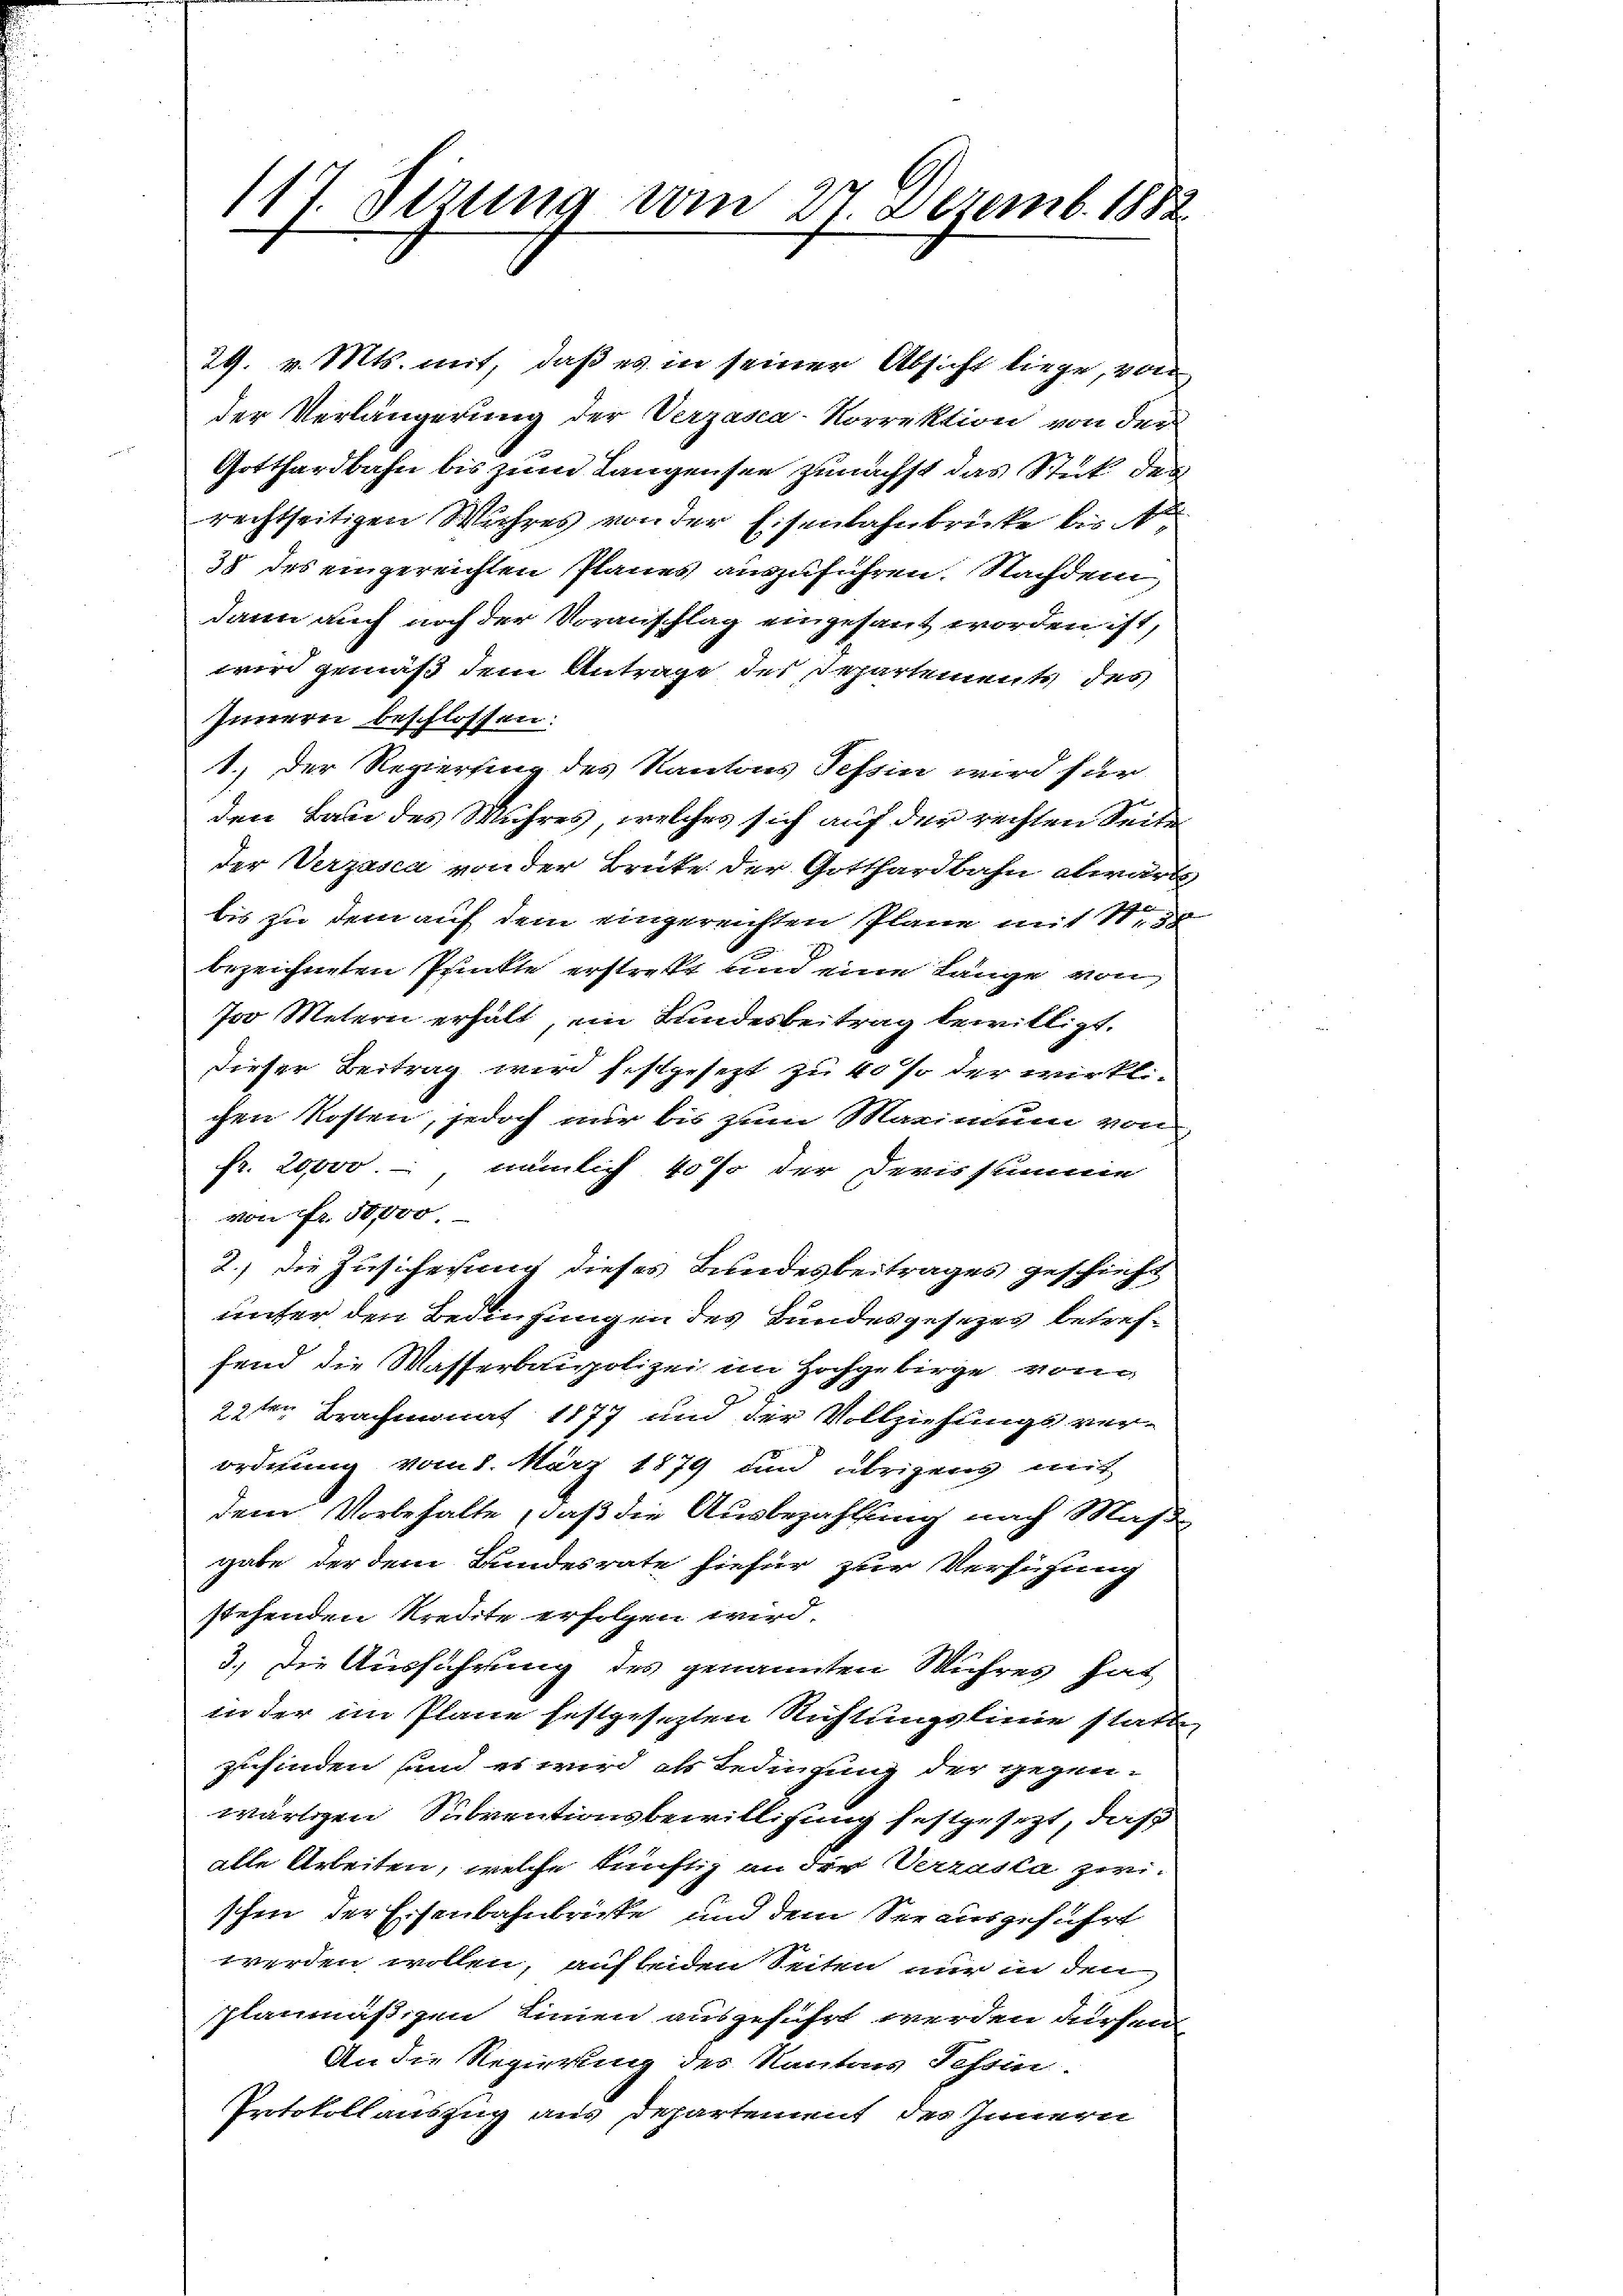
117. Sirung vom 27. Dezemb. 1882

29. v. Mts. mit, daß es in seiner Absicht liege, von
der Verlängerung der Verzasca-Korrektion von der
Gotthardbahn bis zum Langensee zunächst das Stut der
rechtseitigen Wuhres von der Eisenbahnbrücke bist
38 des eingereichten Planes auszuführen. Nachdem
dann auch noch der Vorauschlag eingesant worden ist,
wird gemäß dem Antrage des Departemente des
Innern beschlossen.
1.) Der Regierung des Kantons Tessin wird für
den Bau des Wuhres, welches sich auf der rechten Seite
der Verzasca von der Brüke der Gotthardbahn abwärts
bis zu dem auf dem eingereichten Plane mit Nr. 38
bezeichneten Prückte erstraft und eine Länge von
Pro Metern erhält, ein Bundesbeitrag bewilligt.
dieser Beitrag wird festgesezt zu 40 so der wirklichen Kosten, jedoch nur bis zum Maximum von
Fr. 20000. nämlich 40% der Devissumme
von Fr. 50,000.
2.) Die Zusicherung dieses Bundesbeitrages geschieht
unter den Bedingungen des Bundesgesezes betreffend die Masserbaupolizei im Hochgebirge, von
22ten Brachmonat 1877 und der Vollziehungsver-
ordnung vom 8. März 1879 und übrigens mit
dem Vorbehalte, daß die Ausbezahlung nach Maß
gabe der dem Bundesrate hiefür zur Verfügung
stehenden Kredite erfolgen wird.
3.) Die Ausführung des genannten Wuhres hat
in der im Plane festgesezten Richtungslinie statt
zufinden und es wird als Bedingung der gegenwärtigen Subventionsbewilligung festgesezt, das
alle Arbeiten, welche künftig an der Verzusta zwi-
schen der Eisenbahnbrücke und dem See ausgeführt
werden wollen, auf beiden Seiten nur in den
planmäßigen Linien ausgeführt werden dürfen
An die Regierung des Kantons Tessin.
Protokoll auszug aus Departement des Innern